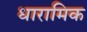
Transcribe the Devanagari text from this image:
धारामिक